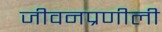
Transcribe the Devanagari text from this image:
जीवनप्रणीली